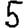
Digit: 5